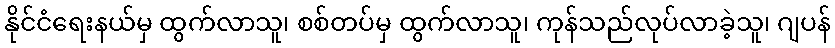
နိုင်ငံရေးနယ်မှ ထွက်လာသူ၊ စစ်တပ်မှ ထွက်လာသူ၊ ကုန်သည်လုပ်လာခဲ့သူ၊ ဂျပန်